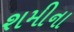
શમીના